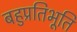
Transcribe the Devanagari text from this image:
बहुप्रतिभूति